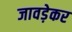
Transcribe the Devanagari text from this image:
जावड़ेकर